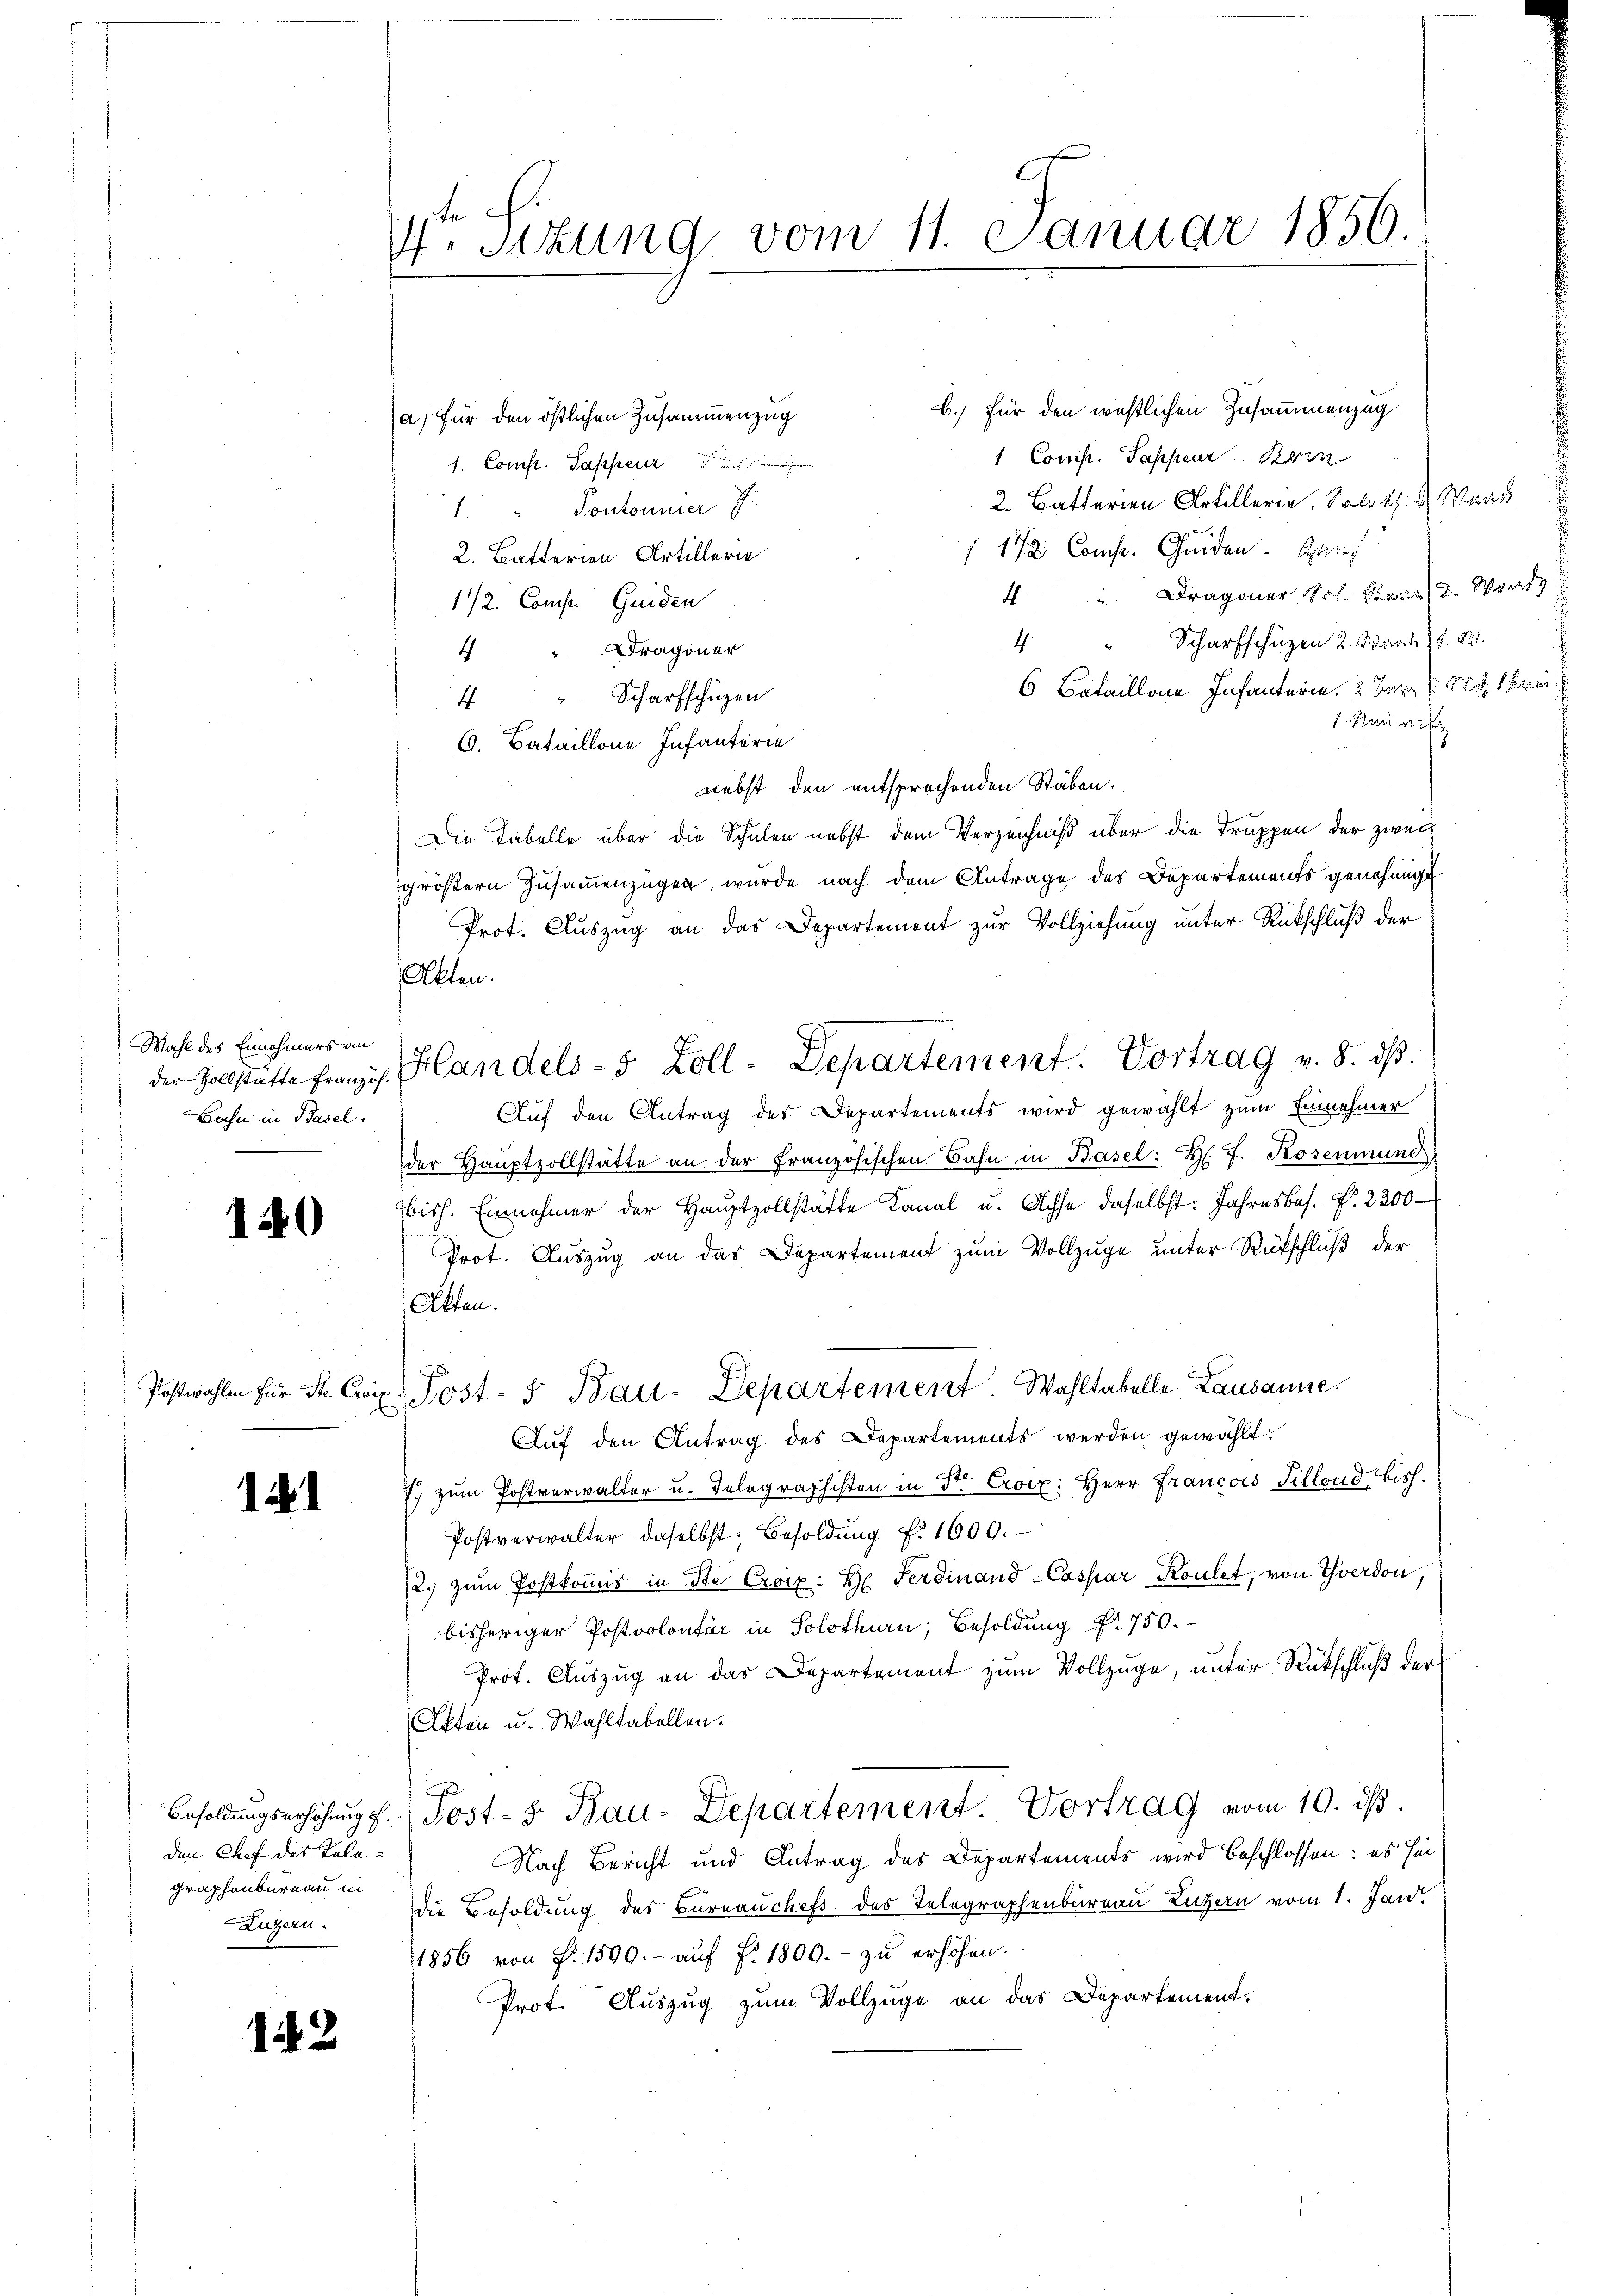
Wahl des Einehmers an
Bahn in Basel.

140

1

den Chef des Telegraphenbureau in
Luzern.

12

4. Sitzung vom 11. Januar 1856.

b.) Für den westlichen Zusammenzug
a, für den östlichen Zusammenzug
1 Comp. Pappeur Kein
1. Comp. Sappenze
2 Batterien Artiller, Soloth.  Mad
" Pontonnier J.
 172. Comp. Gunden. Sieh
2. Batterien Artillern
Dragoner Vol. Sonne (2. Wart
4.
1/2. Comp. Guiden
" Scharfschuzen 2. Wart 15. 84.
4
 "Dragoner
6 Bataillone Infanterie.  Dem
4 " " Scharfschüzen
 lui auf
6. Bataillone Infanterie
nebst den entsprochenden Staben.
Die Tabelle über die Schulen nebst dem Verzeichniß über die Truppen der zweit
größern Zusammenzügen wurde nach dem Antrage des Departements genehmigt
Prot. Auszug an das Departement zur Vollziehung unter Rückschluß der
der Zollstätte französ. Handels- 5 Zoll-Departement. Vortrag v. 8. ds.
Auf den Antrag des Departements wird gewählt zum Einnehmer
der Hauptzollstätte an der Französischen Bahn in Basel: H. J. Rosenmund
bisch. Einnehmer der Haŭptzollstätte Kanal u. Achse daselbst: Jahresbes. f. 2200
Prot. Auszug an das Departement zum Vollzuge unter Rückschluß der
Albten.
Postwahlen für St. Co. Post- u Bau-Departemeist Wahltabelle Lausanne.
Auf den Antrag des Departements werden gewählt:
 zŭm Postverwalter u. Telegraphisten in Str. Croix: Herr Francois Sillond, bish
Postverwalter daselbst: Besoldŭng f. 1600.
2.) zum Postkommis in Ste Croix: H. Ferdinand-Caspar Roulet, von Yverdon
bisheriger Postvolontär in Solothurn, Besoldung Nr. 750.
Prot. Auszug an das Departement zum Vollzuge, unter Rutschluß der
Apten u. Wahltabellen.
Besoldŭngserhöhŭng f. (Post- & Bau-Departement. Vortrag vom 10. ds.
Nach Bericht und Antrag des Departements wird beschlossen: es hin
die Besoldung des Bureauchefs des Telegraphenbureau Luzern vom 1. Jan
11856 von Fr. 1590. - auf §. 1800.- zu erhöhen.
Prof. Auszug zum Vollzüge an das Departement.

Akten.